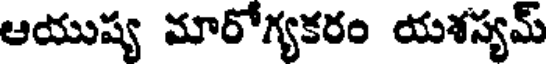
ఆయుష్య మారోగ్యకరం యశస్యమ్